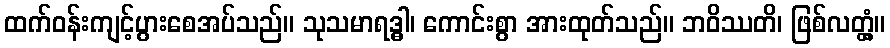
ထက်ဝန်းကျင့်ပွားစေအပ်သည်။ သုသမာရဒ္ဓါ၊ ကောင်းစွာ အားထုတ်သည်။ ဘဝိဿတိ၊ ဖြစ်လတ္တံ့။